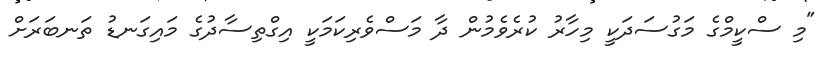
"މި ސްކީމްގެ މަގުސަދަކީ މިހާރު ކުރެވެމުން ދާ މަސްވެރިކަމަކީ އިގްތިސާދުގެ މައިގަނޑު ތަނބަރަށް